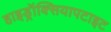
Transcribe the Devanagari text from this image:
हाइड्रॉक्सियापटाइट